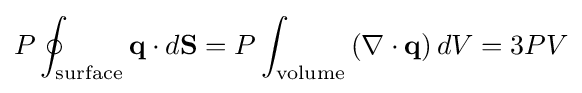
P\oint _{\text{surface}}\mathbf {q} \cdot d\mathbf {S} =P\int _{\text{volume}}\left(\nabla \cdot \mathbf {q} \right)dV=3PV